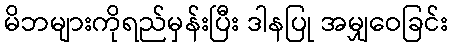
မိဘများကိုရည်မှန်းပြီး ဒါနပြု အမျှဝေခြင်း